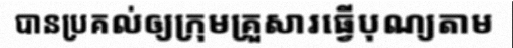
បានប្រគល់ឲ្យក្រុមគ្រួសារធ្វើបុណ្យតាម